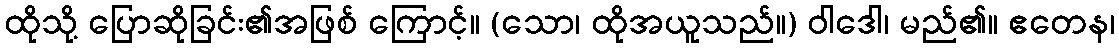
ထိုသို့ ပြောဆိုခြင်း၏အဖြစ် ကြောင့်။ (သော၊ ထိုအယူသည်။) ဝါဒေါ၊ မည်၏။ ဧတေန၊